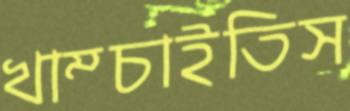
খাম্‌চাইতিস